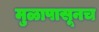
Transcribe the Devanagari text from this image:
मुळापासूनच